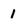
Character: 1